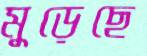
মুড়েছে